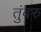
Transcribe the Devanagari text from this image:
तुंबरु